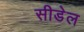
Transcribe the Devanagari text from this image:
सीडेल